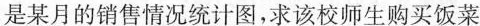
是某月的销售情况统计图，求该校师生购买饭菜